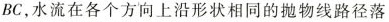
BC，水流在各个方向上沿形状相同的抛物线路径落